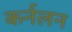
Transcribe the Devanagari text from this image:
कर्नलन